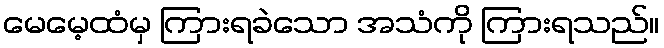
မေမေ့ထံမှ ကြားရခဲသော အသံကို ကြားရသည်။